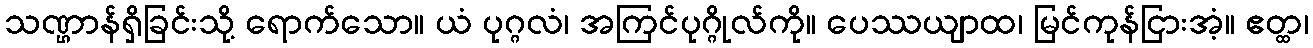
သဏ္ဌာန်ရှိခြင်းသို့ ရောက်သော။ ယံ ပုဂ္ဂလံ၊ အကြင်ပုဂ္ဂိုလ်ကို။ ပေဿယျာထ၊ မြင်ကုန်ငြားအံ့။ ဧတ္ထ၊